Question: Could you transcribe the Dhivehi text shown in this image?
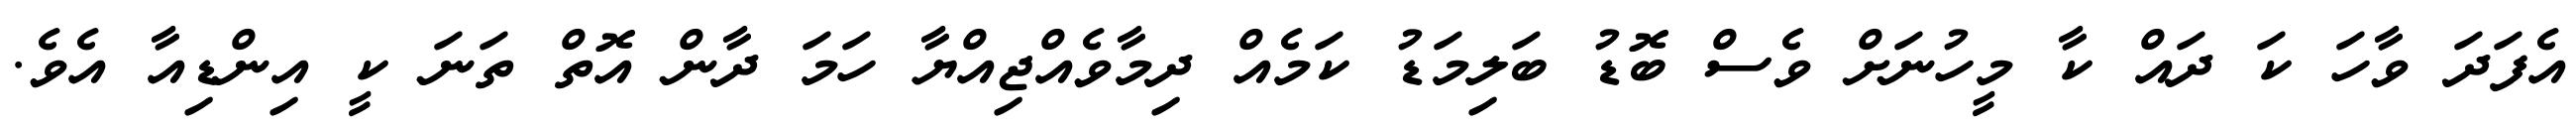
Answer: އެފަދަ ވާހަ ކަ ދައް ކާ މީހުނަށް ވެސް ބޮޑު ބަލިމަޑު ކަމެއް ދިމާވެއްޖިއްޔާ ހަމަ ދާން އޮތް ތަނަ ކީ އިންޑިއާ އެވެ.